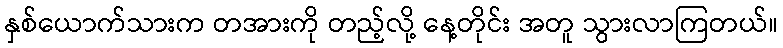
နှစ်ယောက်သားက တအားကို တည့်လို့ နေ့တိုင်း အတူ သွားလာကြတယ်။